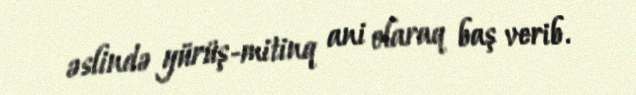
əslində yürüş-mitinq ani olaraq baş verib.